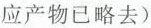
应产物已略去)